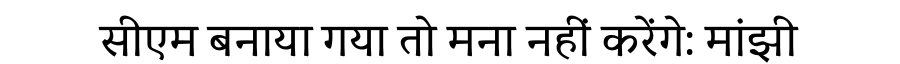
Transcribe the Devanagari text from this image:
सीएम बनाया गया तो मना नहीं करेंगे: मांझी